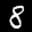
Label: 8